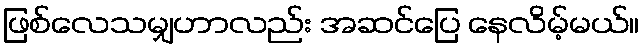
ဖြစ်လေသမျှဟာလည်း အဆင်ပြေ နေလိမ့်မယ်။